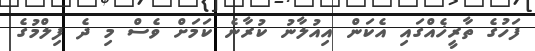
ފަހުގެ ތާރީޚެއްގައި އެކަން އިއުލާނު ކުރާނެ ކަމަށް ވެސް މި ދެ ފިލްމުގެ